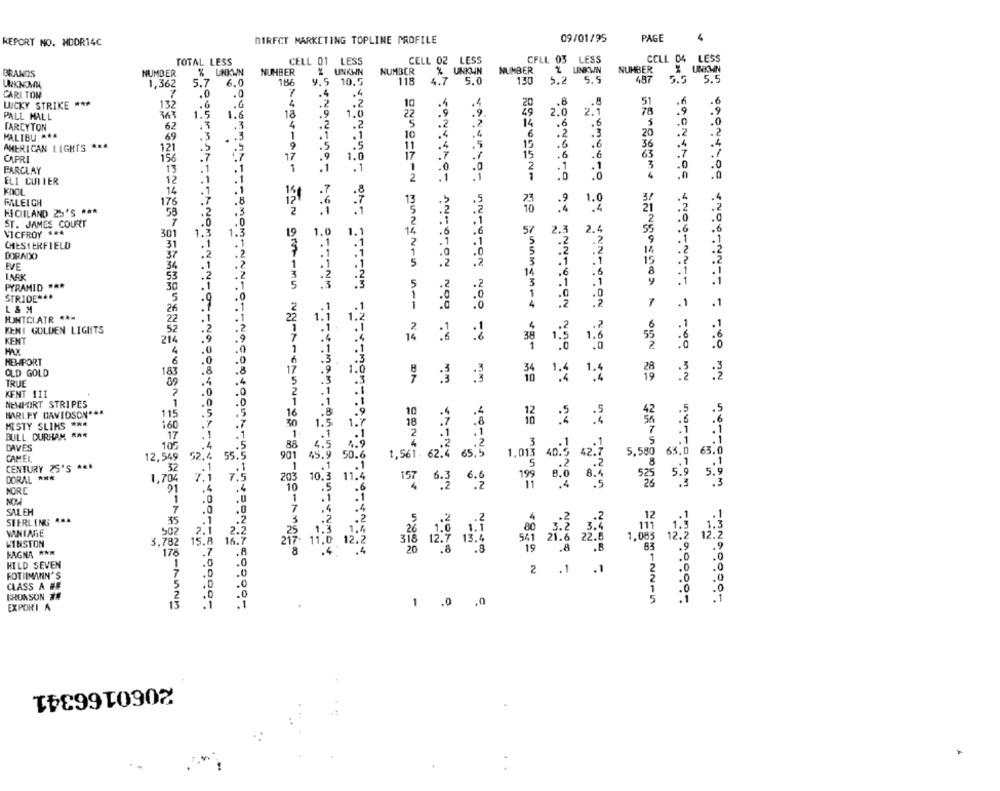
DIRECT MARKETING TOPLINE PROFILE
09/01/95
PAGE
4
REPORT NO. MDDR14C
TOTAL LESS
CELL 01 LESS
CELL 02 LESS
CFLL 03 LESS
CELL 04
LESS
NUMBER
% UNKWN
NUMBER
X UNKWN
NUMBER
% UNKUN
NUMBER
Z UNKWN
NUMBER
X UNKWN
BRANDS
4.7
5.0
130
5.2
5.5
487
5.5
5.5
UNKNOWN
1,362
5.7
6.0
186
9.5 10.5
118
CARI TON
.0
.4
.4
LUCKY STRIKE ***
4
.2
.2
10
.4
.8
.8
51
.6
132
.9
.9.
2.0
2.1
78
.9
PALL MALL
1.5
1.6
18
.9
1.0
22
FARCYTON
62
.T
.3
.2
.2
.2
14
.6
. 6
5
MALIBU AAA
10
.4
.4
6
.2
.3
20
69
.3
.
.3
1
.1
.1
.5
15
AMERICAN LIGHTS ***
121
9
.5
.5
11
.4
.6
36
CAFRI
156
.7
17
.9
1.0
17
.7
.7
15
.6
.6
63
1
.0
.0
2
.1
3
FARCLAY
13
.1
1
.1
.0
ELI CUTTER
2
.0
14
.7
31
RALEIGH
176
12
1.0
KICHILAND 25'S ***
53
21
ST. JAMES COURT
57
2.3
2.
VICFROY ***
301
1.
1.3
19
1.0
1.1
CHESTERFIELD
31
14
DORADO
37
:2
15
EVE
34
8
LACK
53
14
PYRAMID ***
30
.2
3
y
.1
.2
STRIDEN **
5
.0
1
7
.1
.1
L & M
.0
4
26
12
MINTCLATR **
22
6
.1
KENI GOLDEN LIGHTS
2
KENT
214
14
ARROTON NOO TH
38
1.5
55
1
2
4
HEPORT
OLD GOLD
183
.8
TRUE
KENT 1II
.O
NENPORT STRIPES
.0
42
HARLEY DAVIDSON ***
115
.5
MISTY SLIMS ***
160
.7
30
1.5
1.7
BULL DURHAM ***
17
3
DAVES
105
.5
88
CAMEL
12,549
52.4
55.5
901
45.
50.6
1,561. 62:2 es
1.013
in
63.0
63.0
CENTURY 25'S ***
32
5 . 9
CORAL ***
1,70%
7.5
10.
11.
NORC
157, 6.3 6.6
8:3
1
SALEM
7
STERLING; ***
35
502
2.
VINTAGE
WINSTON
3.782
5.8
16.7
KAGNA *NM
178
.7
.8
garmin Ny-A-CLAN-28-85-8 ---- DE
#44 444 444
.0
HILD SEVEN
2 .1
.1
2
FOT IMANN'S
7
5
CLASS & ##
:0
2
1
FRONSON ##
5
EXPORI A
13
1 .0 .0
2060166341